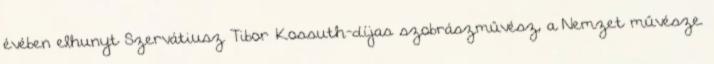
évében elhunyt Szervátiusz Tibor Kossuth-díjas szobrászművész, a Nemzet művésze.